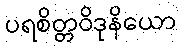
ပရစိတ္တဝိဒုနိယော